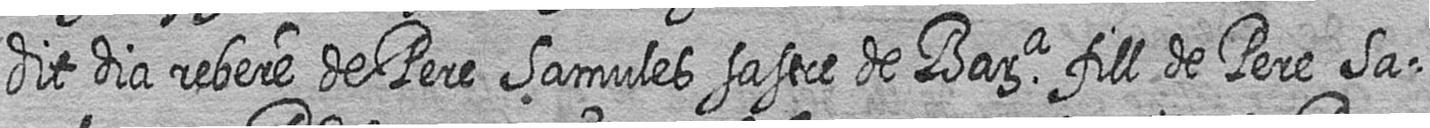
dit dia rebere de Pere Samules sastre de Bara fill de Pere Sa=